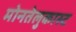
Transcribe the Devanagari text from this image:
मोनतेलुकास्ट